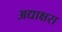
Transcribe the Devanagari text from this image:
अद्याक्षरा